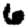
Digit: 6